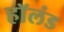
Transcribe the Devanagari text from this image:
हाॅलंड